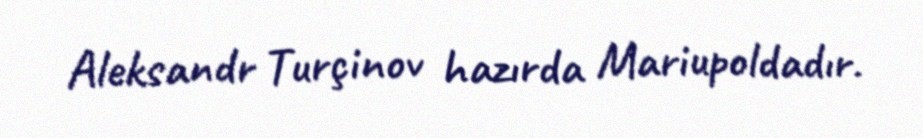
Aleksandr Turçinov hazırda Mariupoldadır.